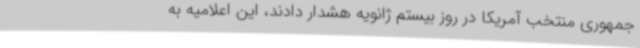
جمهوری منتخب آمریکا در روز بیستم ژانویه هشدار دادند، این اعلامیه به